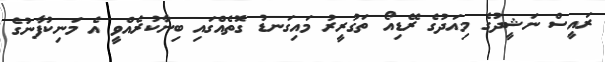
ރައީސް ނަޝީދުގެ މިއަދުގެ ރޭޑިއޯ ތަގުރީރު މައިގަނޑު ގޮތެއްގައި ބިނާކުރެއްވީ އެ މަނިކުފާނުގެ